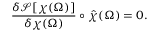
\frac { \delta \mathcal { S } [ \chi ( \Omega ) ] } { \delta \chi ( \Omega ) } \circ \hat { \chi } ( \Omega ) = 0 .